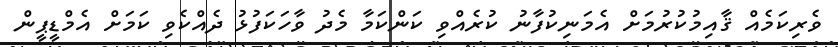
ވެރިކަމެއް ޤާއިމުކުރުމަށް އެމަނިކުފާނު ކުރެއްވި ކަންކަމާ މެދު ވާހަކަފުޅު ދެއްކެވި ކަމަށް އެމްޑީޕީން